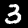
Label: 3